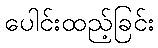
ပေါင်းထည့်ခြင်း